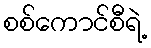
စစ်ကောင်စီရဲ့